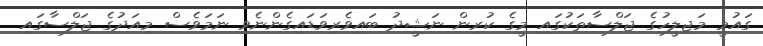
ގައުމީ މަޖިލީހުގެ ޖަލްސާތަކުގައި މީގެ ކުރިން ނަޝީދު ބައިވެރިވަޑައިގެންނެވި ނަމަވެސް މިއަދުގެ ޖަލްސާގައި